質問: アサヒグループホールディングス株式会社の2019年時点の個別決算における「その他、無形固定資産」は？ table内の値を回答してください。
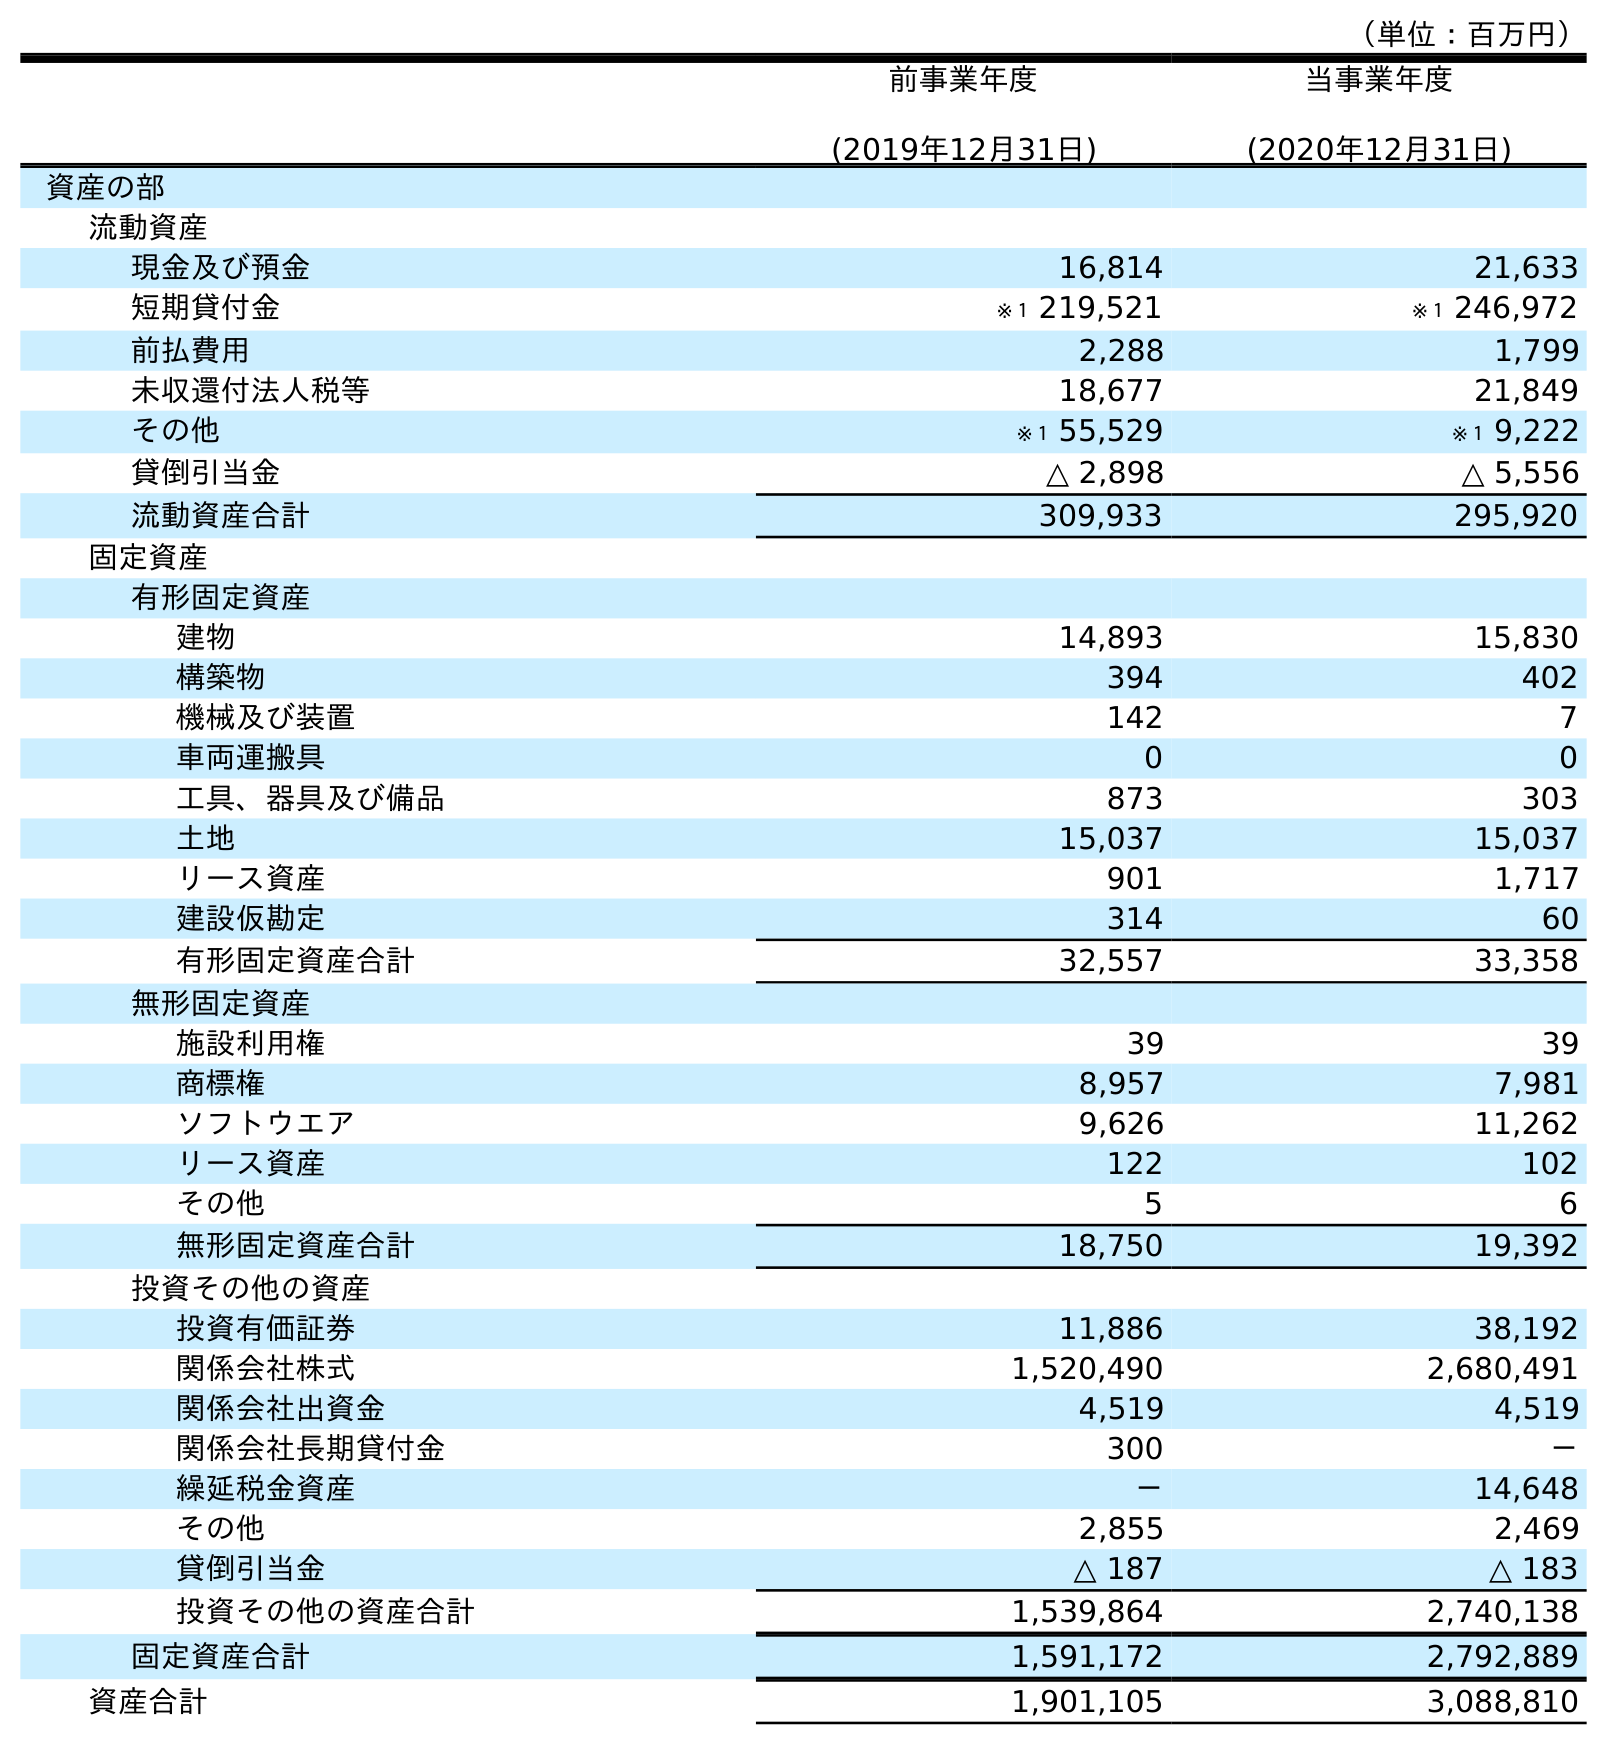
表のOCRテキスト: （単位：百万円） 前事業年度 (2019年12月31日) 当事業年度 (2020年12月31日) 資産の部 流動資産 現金及び預金 16,814 21,633 短期貸付金 ※１ 219,521 ※１ 246,972 前払費用 2,288 1,799 未収還付法人税等 18,677 21,849 その他 ※１ 55,529 ※１ 9,222 貸倒引当金 △ 2,898 △ 5,556 流動資産合計 309,933 295,920 固定資産 有形固定資産 建物 14,893 15,830 構築物 394 402 機械及び装置 142 7 車両運搬具 0 0 工具、器具及び備品 873 303 土地 15,037 15,037 リース資産 901 1,717 建設仮勘定 314 60 有形固定資産合計 32,557 33,358 無形固定資産 施設利用権 39 39 商標権 8,957 7,981 ソフトウエア 9,626 11,262 リース資産 122 102 その他 5 6 無形固定資産合計 18,750 19,392 投資その他の資産 投資有価証券 11,886 38,192 関係会社株式 1,520,490 2,680,491 関係会社出資金 4,519 4,519 関係会社長期貸付金 300 － 繰延税金資産 － 14,648 その他 2,855 2,469 貸倒引当金 △ 187 △ 183 投資その他の資産合計 1,539,864 2,740,138 固定資産合計 1,591,172 2,792,889 資産合計 1,901,105 3,088,810
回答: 5